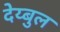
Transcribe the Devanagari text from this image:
देय्बुल